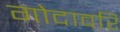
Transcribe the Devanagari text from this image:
गोदावरि